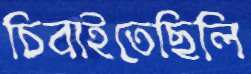
চিবাইতেছিলি